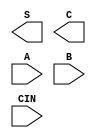
module fulladder(S,C,A,B,CIN);

input A,B;
input CIN;
output S;
output C;
wire t1,t2,t3;

xor a1(A,B,t1);
xor a2(CIN,t1,S);
and a3(A,B,t2);
and a4(t1,CIN,t3);
or  a5(t2,t3,C);
endmodule